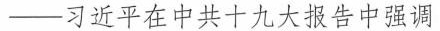
——习近平在中共十九大报告中强调